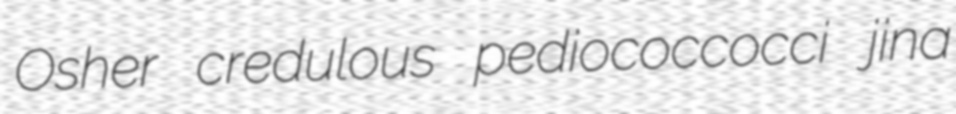
Osher credulous pediococcocci jina